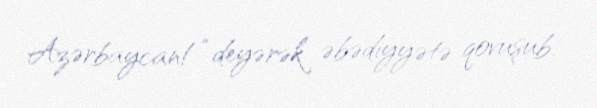
Azərbaycan!” deyərək əbədiyyətə qovuşub.